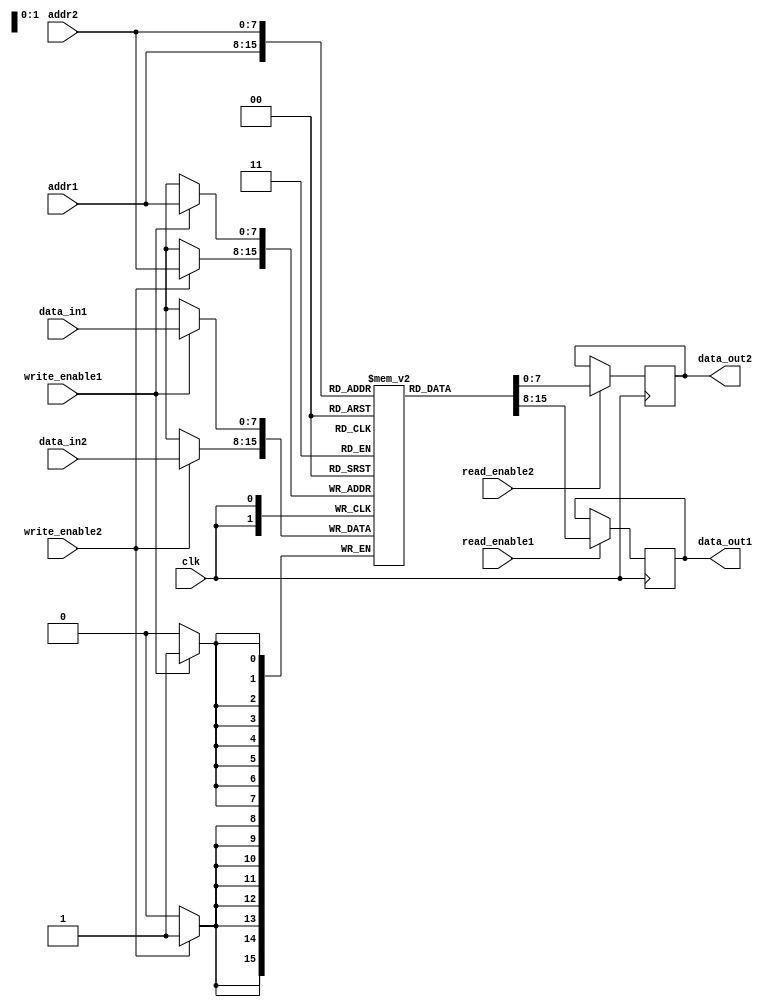
module dual_port_ram (
  input clk,
  input [7:0] addr1,
  input [7:0] addr2,
  input [7:0] data_in1,
  input [7:0] data_in2,
  input write_enable1,
  input write_enable2,
  input read_enable1,
  input read_enable2,
  output reg [7:0] data_out1,
  output reg [7:0] data_out2
);

reg [7:0] memory [0:255];

always @(posedge clk) begin
  if (write_enable1) begin
    memory[addr1] <= data_in1;
  end
  
  if (write_enable2) begin
    memory[addr2] <= data_in2;
  end
end

always @(posedge clk) begin
  if (read_enable1) begin
    data_out1 <= memory[addr1];
  end
  
  if (read_enable2) begin
    data_out2 <= memory[addr2];
  end
end

endmodule